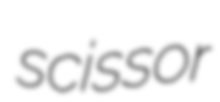
scissor